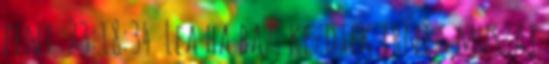
fent 23:18:34 Lea ha baz. kezdtek irni s muszaj